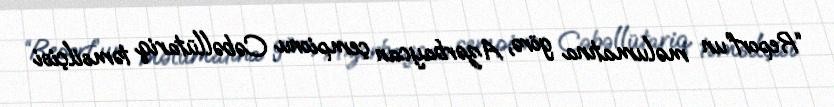
“Report”un məlumatına görə, Azərbaycan çempionu Cəbəllütariq təmsilçisi